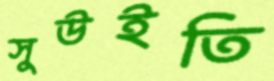
সুউইতি